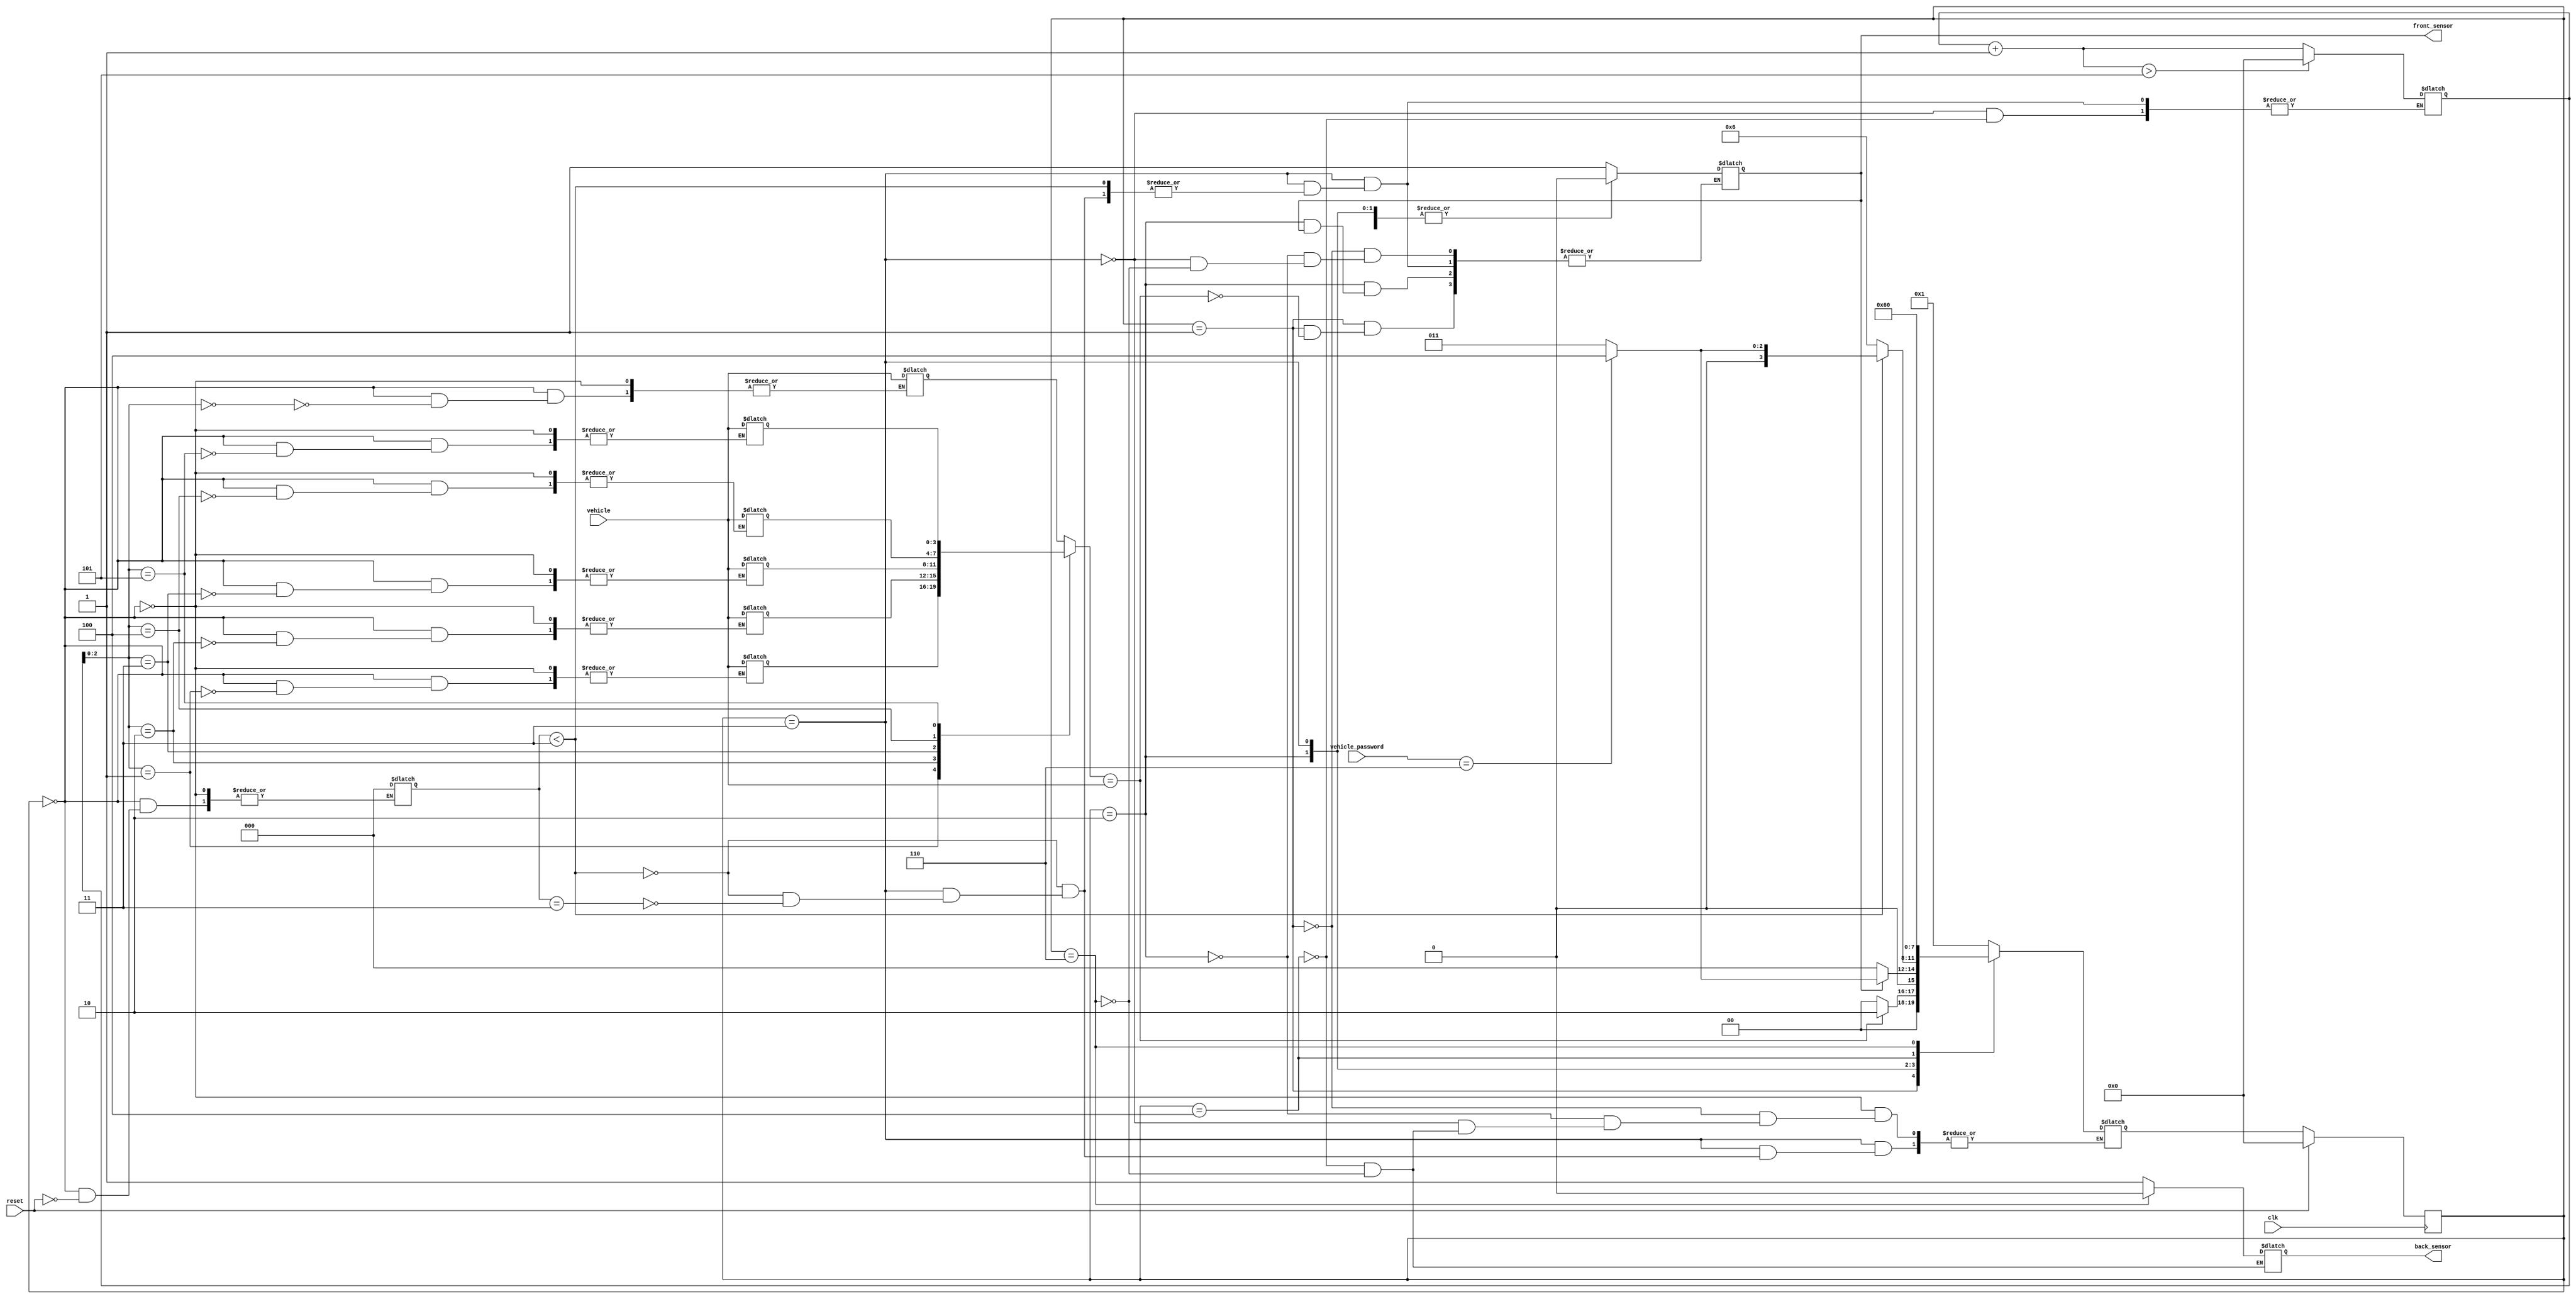
`timescale 1ns / 1ps
//////////////////////////////////////////////////////////////////////////////////
// Company: 
// Engineer: 
// 
// Design Name: 
// Module Name:    car_parking_system 
// Project Name: 
// Target Devices: 
// Tool versions: 
// Description: 
//
// Dependencies: 
//
// Revision: 
// Revision 0.01 - File Created
// Additional Comments: 
//
//////////////////////////////////////////////////////////////////////////////////
module car_parking_system(clk,reset,vehicle,vehicle_password,front_sensor,back_sensor
    );
	 parameter START=3'b000;
	 parameter VEHICLE_DETECT=3'b001;
	 parameter WAIT_FOR_PASSWORD=3'b010;
	 parameter WRONG_PASSWORD=3'b011;
	 parameter RIGHT_PASSWORD=3'b100;
	 parameter VEHICLE_PARKED=3'b101;
	 parameter STOP=3'b110;
	 input clk,reset;
	 input [3:0]vehicle;                  //vehicle number
	 input [3:0]vehicle_password;
	 output reg front_sensor;             //detects vehicle
	 output reg back_sensor;              //detect exit of vehicle and parked
	 reg [3:0] vehicle_mem [0:5];         // memory to store vehicle number
	 //reg [3:0] vehicle_password1 [0:5];          //vehicle password
	 reg [3:0]pc=4'b0000;                         //Points vehicle and also the coounter to store number of vehicles parked
	 reg [2:0]k;                         //counter to keep track of number of times wrong password as been entered
	 //integer k=0;
	 reg [3:0]current_state,next_state;
	// initial begin
	 // vehicle_password1[0] = 4'b0000;
	 // vehicle_password1[1] = 4'b0001;
	  //vehicle_password1[2] = 4'b0010;
	 // vehicle_password1[3] = 4'b0011;
	 // vehicle_password1[4] = 4'b0100;
	 // vehicle_password1[5] = 4'b0101;
	// end
	  
	 always @(posedge clk)
	  begin
	    if(reset==1'b1)
		  begin
		   current_state<=START;
		  end
		 else begin
		   current_state<=next_state;
		  end
	  end
	  
	 always @(current_state)
	  begin
	    case(current_state)
		   START:begin
			       if(reset==1'b1)
					   begin
						  k=3'd0;
						end
			       vehicle_mem[pc]=vehicle;
					 next_state=VEHICLE_DETECT;
			      end
			VEHICLE_DETECT:begin
			                if(  vehicle_mem[pc]== vehicle)
								   begin
									  front_sensor=1;
									  next_state=WAIT_FOR_PASSWORD;
									  $monitor($time,"vehicle=%b",vehicle_mem[pc]);
									end
								 else 
								   begin
									  next_state=START;
									end
								end
			WAIT_FOR_PASSWORD:begin
			                    if(front_sensor==1)
									    begin
										  if(vehicle_password==4'b0110)
										    begin
											   next_state=RIGHT_PASSWORD;
											 end
											else
											 begin
											   next_state=WRONG_PASSWORD;
											 end
										 end
										else
										  begin
										   front_sensor=0;
										   next_state=START;
										  end  
			                  end
			WRONG_PASSWORD:begin
			                if(k<3'd3)
								  begin
									  if(vehicle_password==4'b0110)
										   begin
											   next_state=RIGHT_PASSWORD;
											end
									   else
											begin
											   next_state=WRONG_PASSWORD;
												 
											end
								  end
								 else begin
								      if(k==3'd3)begin
								       pc=pc+4'b0001;
										 if(pc>4'b0101)begin
										  pc=4'b0000;
										 end
										 front_sensor=0;
										 next_state=STOP;
										end
									end
			               end
			RIGHT_PASSWORD:begin
			                 back_sensor=1;
								  pc=pc+4'b0001;
										 if(pc>4'b0101)begin
										  pc=4'b0000;
										 end
								  $monitor($time,"Number of vehicles parked=%d",pc);
								  next_state=STOP;
			               end
		  STOP:begin
		        front_sensor=0;
				  back_sensor=0;
				  next_state=START;
		       end					
		 endcase
	  end
endmodule

`timescale 1ns / 1ps

////////////////////////////////////////////////////////////////////////////////
// Company: 
// Engineer:
//
// Design Name:   car_parking_system
// Module Name:   D:/DSD_COURSE_project/carparkingsystem/tb_car_parking_system.v
// Project Name:  carparkingsystem
// Target Device:  
// Tool versions:  
// Description: 
//
// Verilog Test Fixture created by ISE for module: car_parking_system
//
// Dependencies:
// 
// Revision:
// Revision 0.01 - File Created
// Additional Comments:
// 
////////////////////////////////////////////////////////////////////////////////

module tb_car_parking_system;

	// Inputs
	reg clk;
	reg reset;
	reg [3:0] vehicle;
	reg [3:0] vehicle_password;

	// Outputs
	wire front_sensor;
	wire back_sensor;

	// Instantiate the Unit Under Test (UUT)
	car_parking_system uut (
		.clk(clk), 
		.reset(reset), 
		.vehicle(vehicle), 
		.vehicle_password(vehicle_password), 
		.front_sensor(front_sensor), 
		.back_sensor(back_sensor)
	);

	initial begin
		// Initialize Inputs
		clk = 1;
		reset = 1;#9;
		reset=0;
	end
	always #5 clk=~clk;
	initial begin
	 vehicle=4'b0001;#10;
	 vehicle_password=4'b0110;#50;
	 vehicle=4'b0010;#10;
	 vehicle_password=4'b0110;#50;
	 vehicle=4'b0011;#10;
	 vehicle_password=4'b0110;#50;
	 vehicle=4'b0100;#10;
	 vehicle_password=4'b0110;#50;
	 vehicle=4'b0101;#10;
	 vehicle_password=4'b0101;#20;//wrong password
	 vehicle_password=4'b0110;//correct password after two attempts
    #20 $finish;
	end
      
endmodule